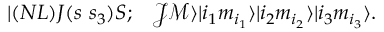
\begin{array} { r l } { | ( N L ) J ( s ~ s _ { 3 } ) S ; } & { { } \mathcal { J } \mathcal { M } \rangle | i _ { 1 } m _ { i _ { 1 } } \rangle | i _ { 2 } m _ { i _ { 2 } } \rangle | i _ { 3 } m _ { i _ { 3 } } \rangle . } \end{array}